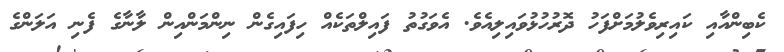
ކެބިންއާއި ކައިރިވެލުމަށްފަހު ދޮރުހުޅުވައިލިއެވެ. އެވަގުތު ފައިލްތަކެއް ހިފައިގެން ނިންމަންއިން ލާނާގެ ފެނި އަލަންގެ